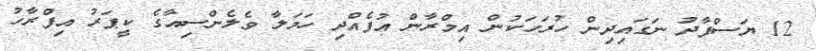
12 ޔަސްފާދު ނަގައިދިން ހުރަހަކުން އިމްރާން އުފެއްދި ހަމަލާ ވެލެންސިއާގެ ކީޕަރު އިފްރާހު